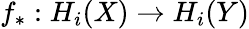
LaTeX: f_{*}:H_{i}(X)\to H_{i}(Y)